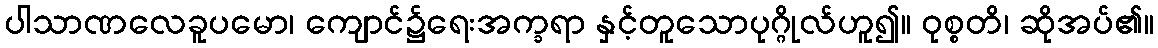
ပါသာဏလေခူပမော၊ ကျောင်၌ရေးအက္ခရာ နှင့်တူသောပုဂ္ဂိုလ်ဟူ၍။ ဝုစ္စတိ၊ ဆိုအပ်၏။